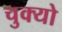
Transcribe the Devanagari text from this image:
चुक्यो